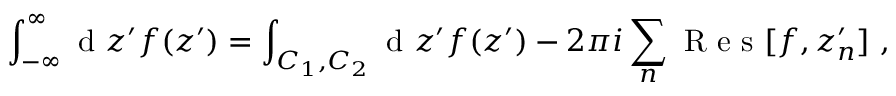
\int _ { - \infty } ^ { \infty } \mathrm { ~ d ~ } z ^ { \prime } f ( z ^ { \prime } ) = \int _ { C _ { 1 } , C _ { 2 } } \mathrm { ~ d ~ } z ^ { \prime } f ( z ^ { \prime } ) - 2 \pi i \sum _ { n } \mathrm { ~ R ~ e ~ s ~ } [ f , z _ { n } ^ { \prime } ] ~ ,